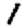
Digit: 1